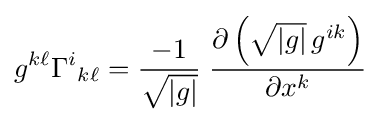
g^{k\ell }\Gamma ^{i}{}_{k\ell }={\frac {-1}{\sqrt {|g|}}}\;{\frac {\partial \left({\sqrt {|g|}}\,g^{ik}\right)}{\partial x^{k}}}